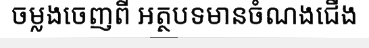
ចម្លងចេញពី អត្ថបទមានចំណងជើង